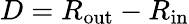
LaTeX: D=R_{\mathrm{out}}-R_{\mathrm{in}}